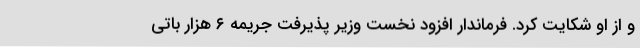
و از او شکایت کرد. فرماندار افزود نخست وزیر پذیرفت جریمه ۶ هزار باتی